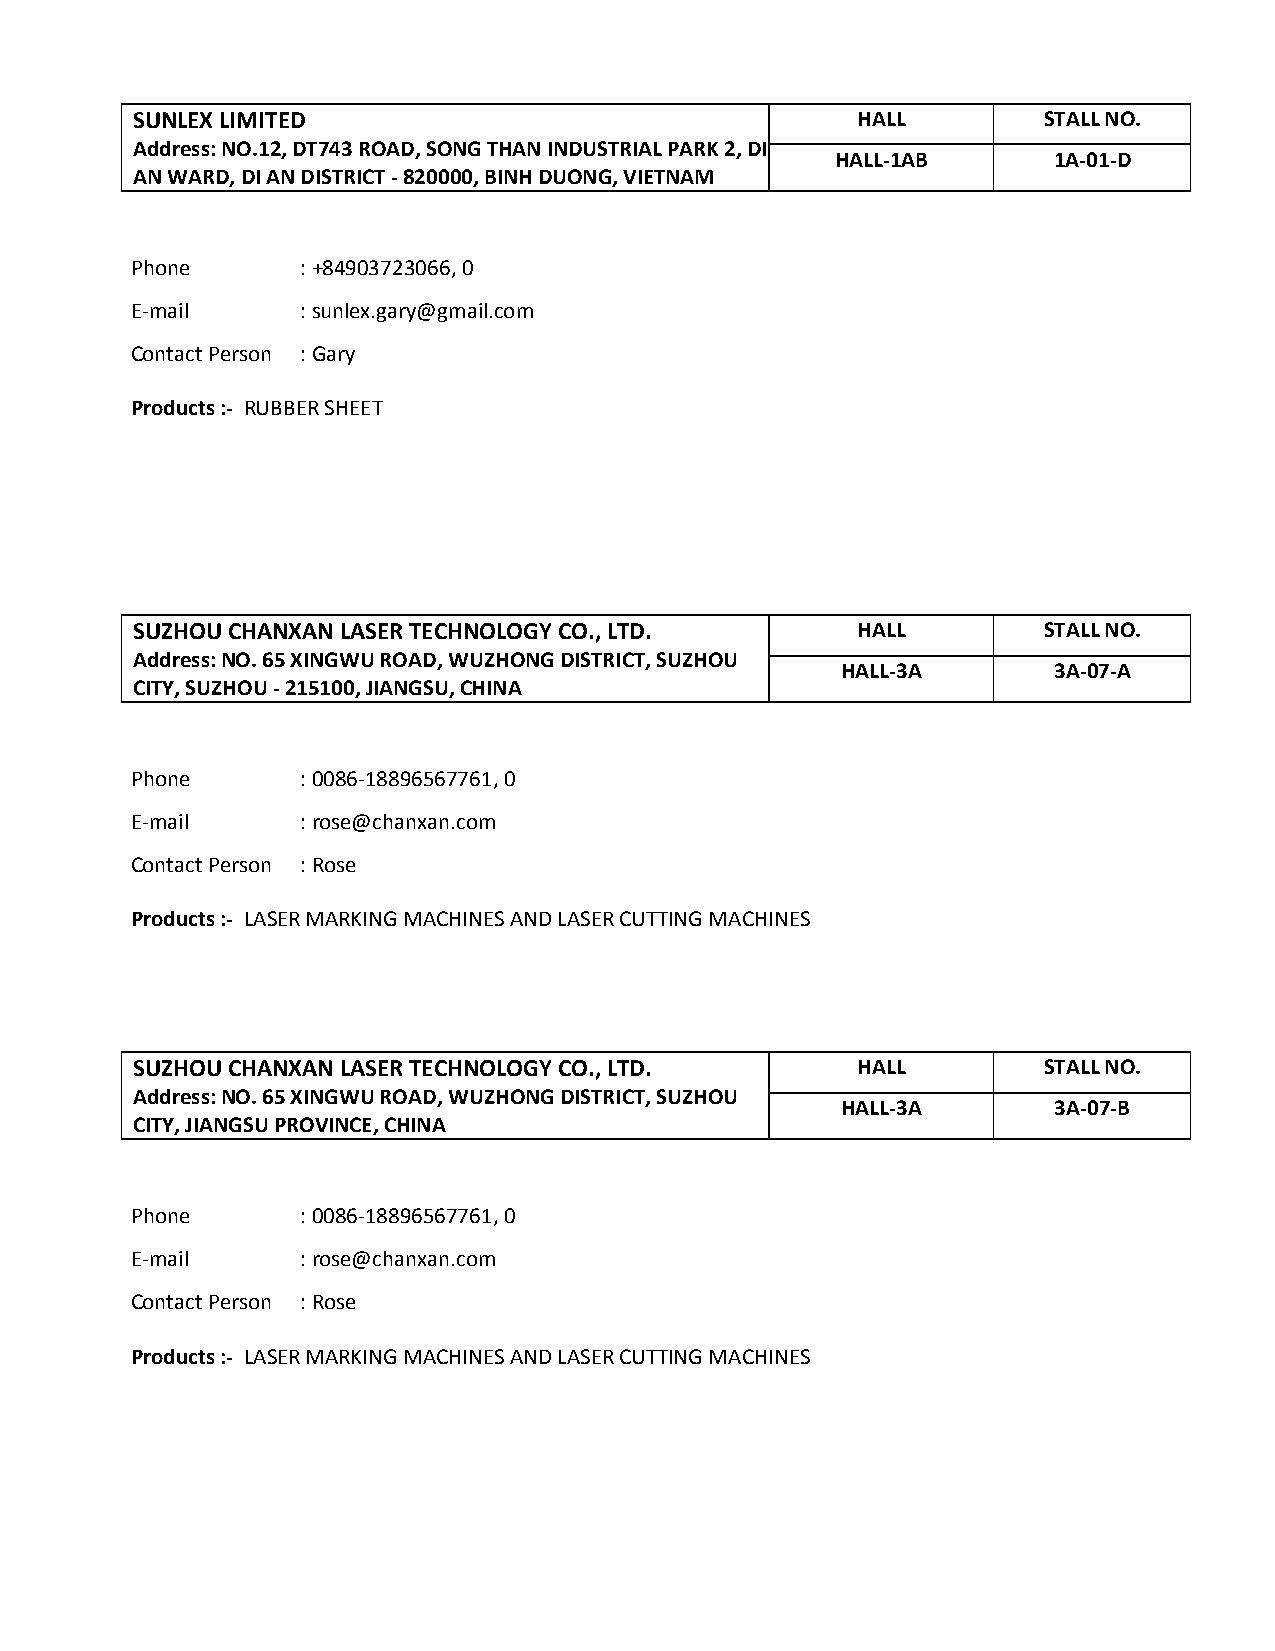
SUNLEX LIMITED                                  HALL        STALL NO.
 Address: NO.12, DT743 ROAD, SONG THAN INDUSTRIAL PARK 2, DI
 HALL-1AB       1A-01-D
 AN WARD, DI AN DISTRICT - 820000, BINH DUONG, VIETNAM
 Phone      : +84903723066, 0
 E-mail     : sunlex.gary@gmail.com
 Contact Person : Gary
 Products :- RUBBER SHEET
 SUZHOU CHANXAN LASER TECHNOLOGY CO., LTD.       HALL        STALL NO.
 Address: NO. 65 XINGWU ROAD, WUZHONG DISTRICT, SUZHOU
 HALL-3A       3A-07-A
 CITY, SUZHOU - 215100, JIANGSU, CHINA
 Phone      : 0086-18896567761, 0
 E-mail     : rose@chanxan.com
 Contact Person : Rose
 Products :- LASER MARKING MACHINES AND LASER CUTTING MACHINES
 SUZHOU CHANXAN LASER TECHNOLOGY CO., LTD.       HALL        STALL NO.
 Address: NO. 65 XINGWU ROAD, WUZHONG DISTRICT, SUZHOU
 HALL-3A       3A-07-B
 CITY, JIANGSU PROVINCE, CHINA
 Phone      : 0086-18896567761, 0
 E-mail     : rose@chanxan.com
 Contact Person : Rose
 Products :- LASER MARKING MACHINES AND LASER CUTTING MACHINES